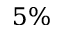
5 \%